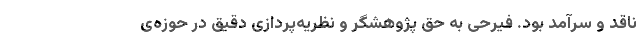
ناقد و سرآمد بود. فیرحی به حق پژوهشگر و نظریه‌پردازی دقیق در حوزه‌ی